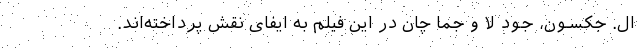
ال. جکسون، جود لا و جما چان در این فیلم به ایفای نقش پرداخته‌اند.